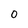
Character: 0